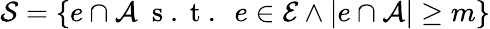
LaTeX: \mathcal{S}=\{ e\cap\mathcal{A}\ \mathrm{~s~.~t~.~}\ e\in\mathcal{E}\wedge|e\cap\mathcal{A}|\ge m\}